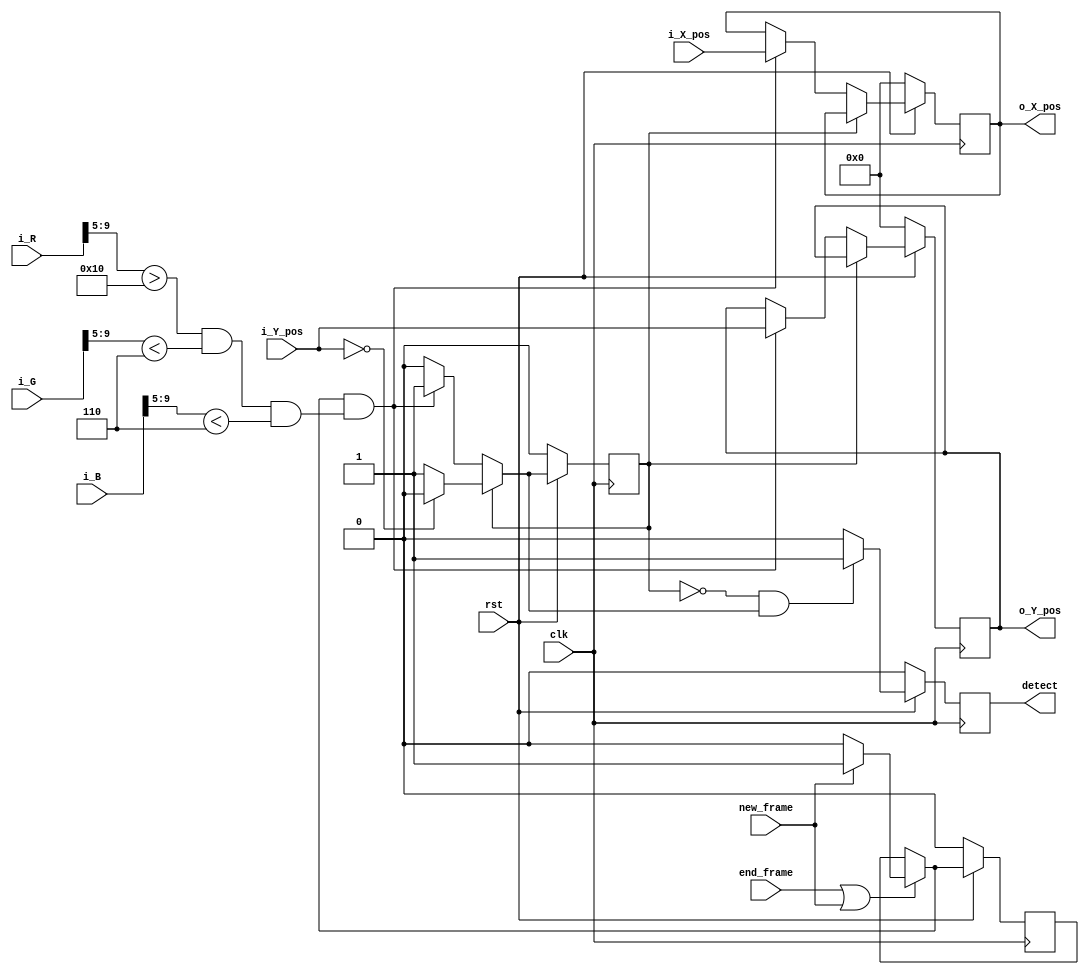
// detect where the first red point appears
module detect_state(
	input clk, rst,
	input [9:0] i_R, 
	input [9:0] i_G,
	input [9:0] i_B,
	input [15:0] i_X_pos, // ccd output position
	input [15:0] i_Y_pos, // ccd output position
	input new_frame,
	input end_frame,
	output reg detect,
	output reg [15:0] o_X_pos,
	output reg [15:0] o_Y_pos
);

reg  detect_color_w, detect_color_r;
reg  [15:0] X_pos_w, Y_pos_w;
wire detect_w;
reg  flag_w, flag_r;

assign detect_w = (!detect_color_r && detect_color_w) ? 1 : 0;

always@(*) begin
	if (detect_color_r) begin
		detect_color_w = (i_Y_pos == 0) ? 0 : 1;
		X_pos_w = o_X_pos;
		Y_pos_w = o_Y_pos;
	end else begin
		detect_color_w = (flag_w && ((i_R[9:5] > 16 && i_G[9:5] < 6) && (i_B[9:5] < 6))) ? 1 : 0;
		X_pos_w = (flag_w && ((i_R[9:5] > 16 && i_G[9:5] < 6) && (i_B[9:5] < 6))) ? i_X_pos : o_X_pos;
		Y_pos_w = (flag_w && ((i_R[9:5] > 16 && i_G[9:5] < 6) && (i_B[9:5] < 6))) ? i_Y_pos : o_Y_pos;
	end
	if (end_frame || new_frame) begin
		flag_w = (new_frame) ? 1 : 0;
	end else begin
		flag_w = flag_r;
	end
end

always@(posedge clk) begin
	if (!rst) begin
		detect_color_r <= 0;
		o_X_pos <= 0;
		o_Y_pos <= 0;
		detect  <= 0;
		flag_r  <= 0;
	end else begin
		detect_color_r <= detect_color_w;
		o_X_pos <= X_pos_w;
		o_Y_pos <= Y_pos_w;
		detect  <= detect_w;
		flag_r  <= flag_w;
	end
end
endmodule